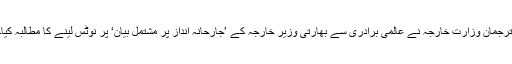
ترجمان وزارت خارجہ نے عالمی برادری سے بھارتی وزیر خارجہ کے ’جارحانہ انداز پر مشتمل بیان‘ پر نوٹس لینے کا مطالبہ کیا۔